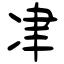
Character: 冿